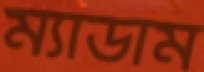
ম্যাডাম